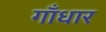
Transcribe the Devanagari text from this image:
गाँधार